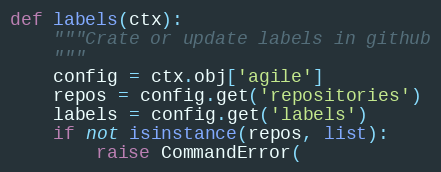
Language: Python
def labels(ctx):
    """Crate or update labels in github
    """
    config = ctx.obj['agile']
    repos = config.get('repositories')
    labels = config.get('labels')
    if not isinstance(repos, list):
        raise CommandError(